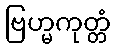
ဗြဟ္မကုတ္တံ